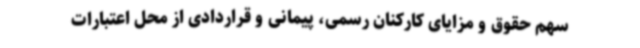
سهم حقوق و مزایای کارکنان رسمی، پیمانی و قراردادی از محل اعتبارات